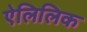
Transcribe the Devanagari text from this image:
ऐलिलिक